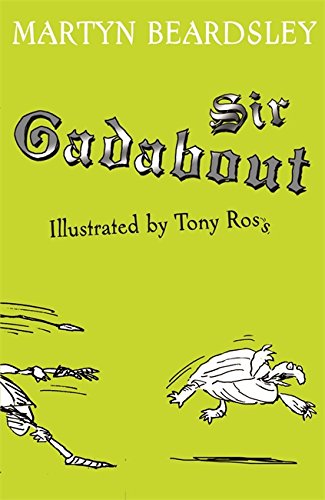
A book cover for Sir Gadabout; Martyn Beardsley; Children's Books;